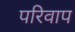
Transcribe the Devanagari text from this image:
परिवाप